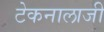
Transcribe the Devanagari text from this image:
टेकनालाजी